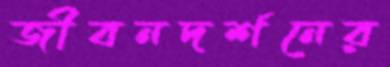
জীবনদর্শনের